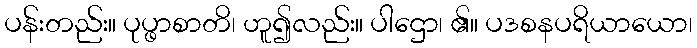
ပန်းတည်း။ ပုပ္ဖာစာတိ၊ ဟူ၍လည်း။ ပါဌော၊ ၏။ ပဒစနပရိယာယော၊